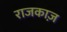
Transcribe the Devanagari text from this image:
राजकाज़